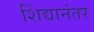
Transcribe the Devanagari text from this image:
शिंद्यानंतर